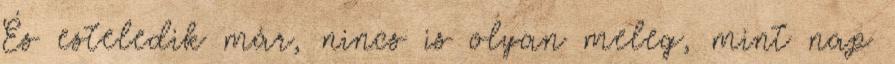
És esteledik már, nincs is olyan meleg, mint nap